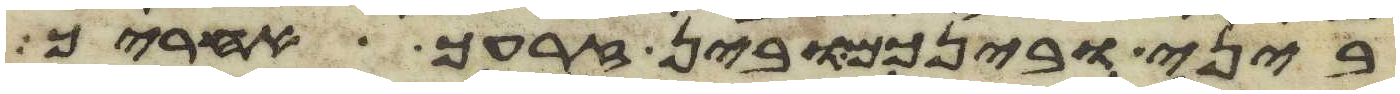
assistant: ביני ובינכם ובין זרעך אחריך